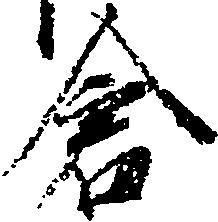
倉